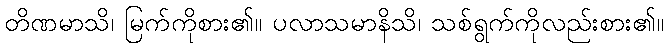
တိဏမာသိ၊ မြက်ကိုစား၏။ ပလာသမာနိသိ၊ သစ်ရွက်ကိုလည်းစား၏။